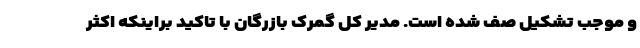
و موجب تشکیل صف شده است. مدیر کل گمرک بازرگان با تاکید براینکه اکثر